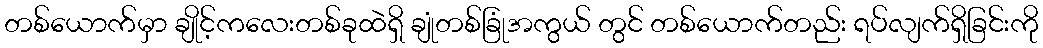
တစ်ယောက်မှာ ချိုင့်ကလေးတစ်ခုထဲရှိ ချုံတစ်ခြုံအကွယ် တွင် တစ်ယောက်တည်း ရပ်လျက်ရှိခြင်းကို